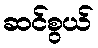
ဆင်စွယ်